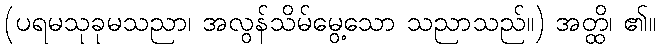
(ပရမသုခုမသညာ၊ အလွန်သိမ်မွေ့သော သညာသည်။) အတ္ထိ၊ ၏။